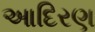
આદિરણ